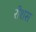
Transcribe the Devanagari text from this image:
रीशस